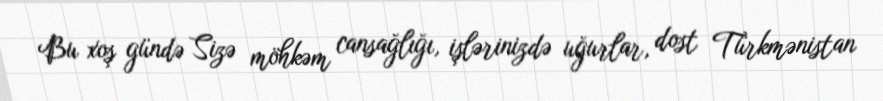
Bu xoş gündə Sizə möhkəm cansağlığı, işlərinizdə uğurlar, dost Türkmənistan